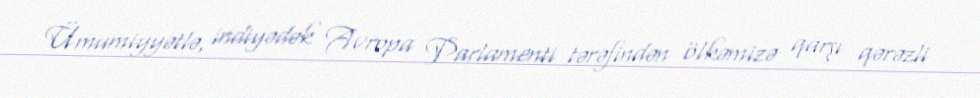
Ümumiyyətlə, indiyədək Avropa Parlamenti tərəfindən ölkəmizə qarşı qərəzli